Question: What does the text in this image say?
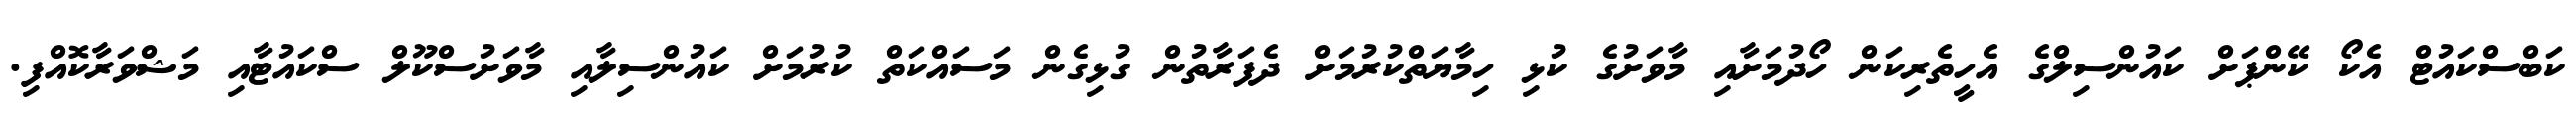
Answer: ކަބްސްކައުޓް އެކޯ ކޭންޕަށް ކައުންސިލްގެ އެހީތެރިކަން ހޯދުމަށާއި މާވަށުގެ ކުޅި ހިމާޔަތްކުރުމަށް ދެފަރާތުން ގުޅިގެން މަސައްކަތް ކުރުމަށް ކައުންސިލާއި މާވަށުސްކޫލް ސްކައުޓާއި މަޝްވަރާކޮއްފި.